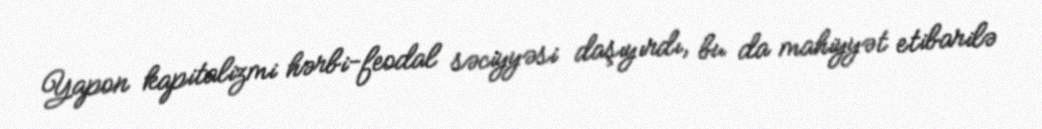
Yapon kapitalizmi hərbi-feodal səciyyəsi daşıyırdı, bu da mahiyyət etibarilə